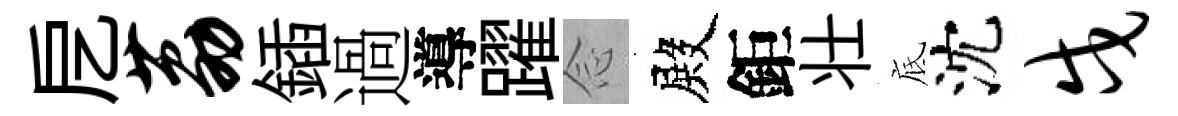
戹荔鍤過導躍𫝹殿鉅壮底沈戍